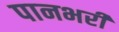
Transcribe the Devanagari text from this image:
पानभरी